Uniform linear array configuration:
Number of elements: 32
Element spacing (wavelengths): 0.5
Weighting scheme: blackman
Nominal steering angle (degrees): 30
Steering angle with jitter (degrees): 29.196
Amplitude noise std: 0.05
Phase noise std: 0.05

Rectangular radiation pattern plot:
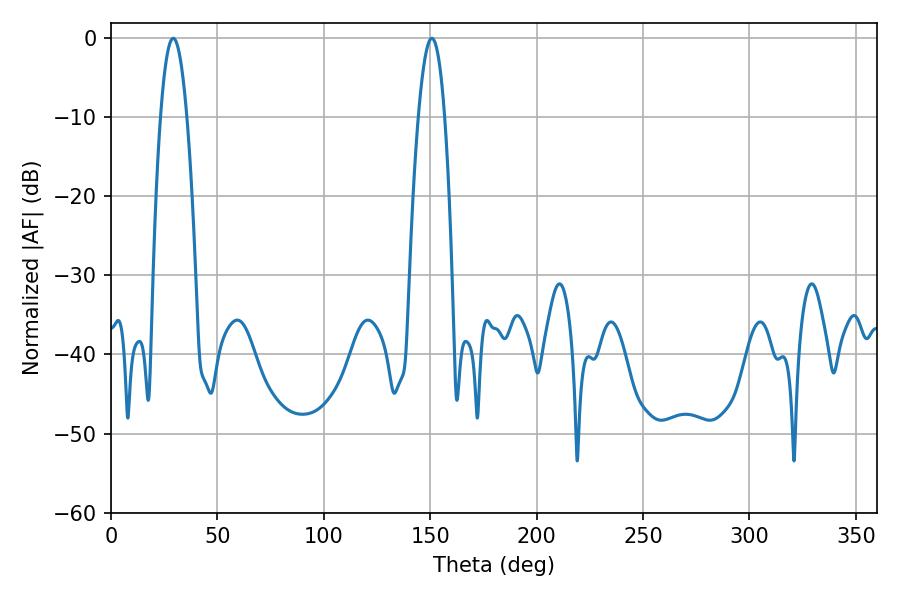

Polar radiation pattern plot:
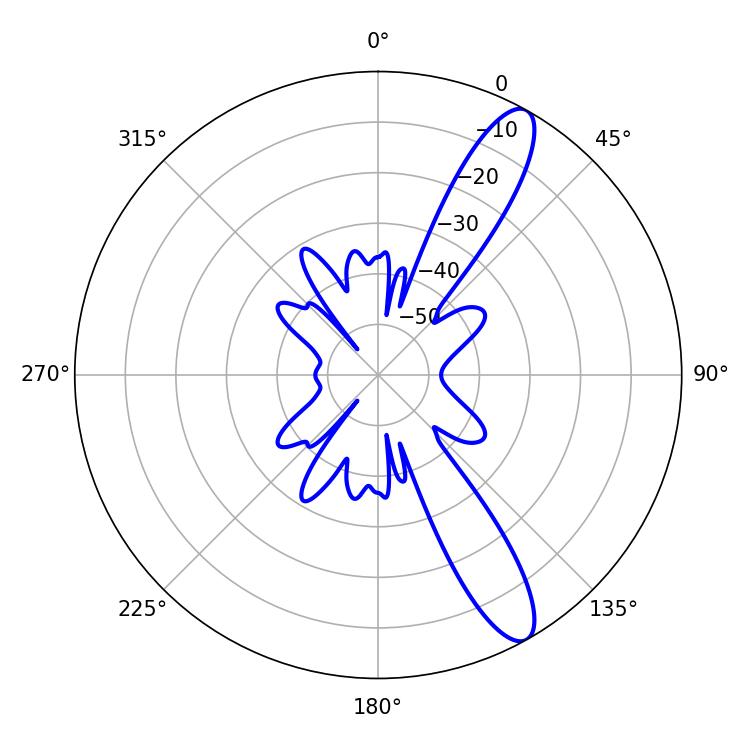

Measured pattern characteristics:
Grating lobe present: FALSE
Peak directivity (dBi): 12.029
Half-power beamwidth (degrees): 6.84
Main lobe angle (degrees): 29.16